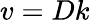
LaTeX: v=Dk